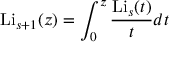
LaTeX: \operatorname { L i } _ { s + 1 } ( z ) = \int _ { 0 } ^ { z } { \frac { \operatorname { L i } _ { s } ( t ) } { t } } d t